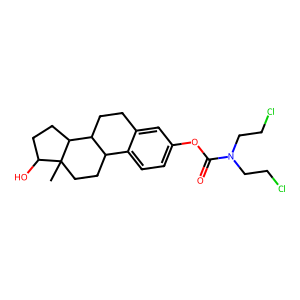
SMILES: CC12CCC3c4ccc(OC(=O)N(CCCl)CCCl)cc4CCC3C1CCC2O
Inhibits HIV replication: No